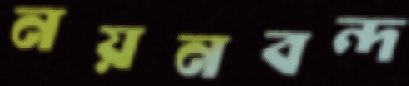
নয়নবন্দ